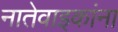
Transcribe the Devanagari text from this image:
नातेवाइकांना